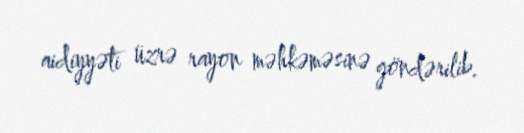
aidiyyəti üzrə rayon məhkəməsinə göndərilib.